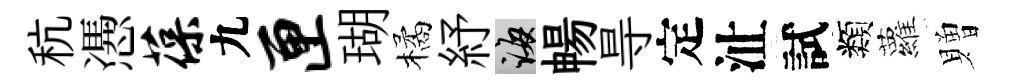
秔慿葆九匣瑚橘紓誨暢㝵定沚試類蘿贈